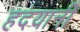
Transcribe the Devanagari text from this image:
हदयानी